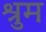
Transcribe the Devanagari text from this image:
श्रुम